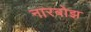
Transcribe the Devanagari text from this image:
नारबोझ